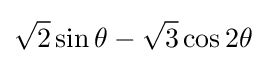
{\sqrt {2}}\sin {\theta }-{\sqrt {3}}\cos {2\theta }